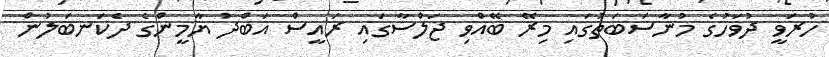
ހުރަވީ ދުވަހުގެ މުނާސަބަތުގައި މިރޭ ބޭއްވި ޖަލްސާގައި ރައީސް އަބްދު ޔާމީންގެ ދެކަނބަލުން